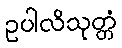
ဥပါလိသုတ္တံ